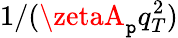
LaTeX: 1/(\zetaA_{\mathtt{p}}q_{T}^{2})